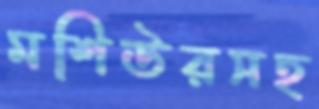
মশিউরসহ